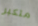
متكبر